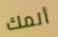
ألمك